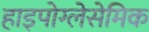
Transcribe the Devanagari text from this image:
हाइपोग्लेसेमिक